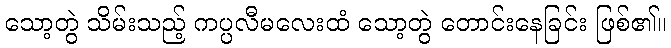
သော့တွဲ သိမ်းသည့် ကပ္ပလီမလေးထံ သော့တွဲ တောင်းနေခြင်း ဖြစ်၏။